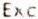
EXC